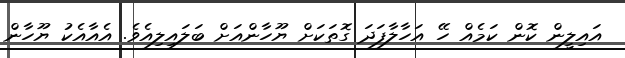
އައިލީން ކޮން ކަމެއް ހޭ އަހާލާފަދަ ގޮތަކަށް ޔޫހާންއަށް ބަލައިލިއެވެ. އެއާއެކު ޔޫހާން